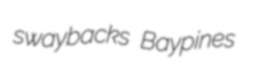
swaybacks Baypines